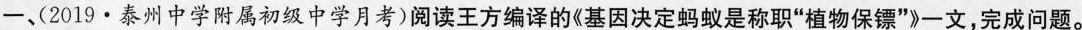
一，(2019·泰州中学附属初级中学月考)阅读王方编译的《基因决定蚂蚁是称职”植物保镖”》一文，完成问题。